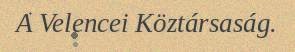
A Velencei Köztársaság.